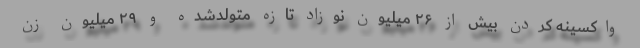
واکسینه کردن بیش از ۲۶ میلیون نوزاد تازه متولدشده و ۲۹ میلیون زن